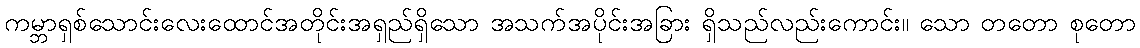
ကမ္ဘာရှစ်သောင်းလေးထောင်အတိုင်းအရှည်ရှိသော အသက်အပိုင်းအခြား ရှိသည်လည်းကောင်း။ သော တတော စုတော